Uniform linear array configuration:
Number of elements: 64
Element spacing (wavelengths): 0.25
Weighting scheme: uniform
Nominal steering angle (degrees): -45
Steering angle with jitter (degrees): -44.014
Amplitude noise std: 0.05
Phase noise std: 0.05

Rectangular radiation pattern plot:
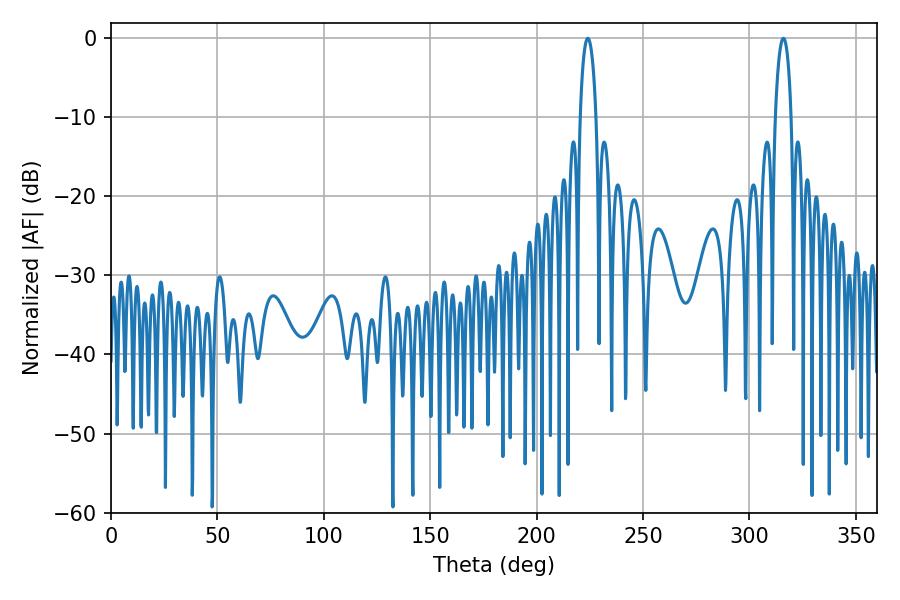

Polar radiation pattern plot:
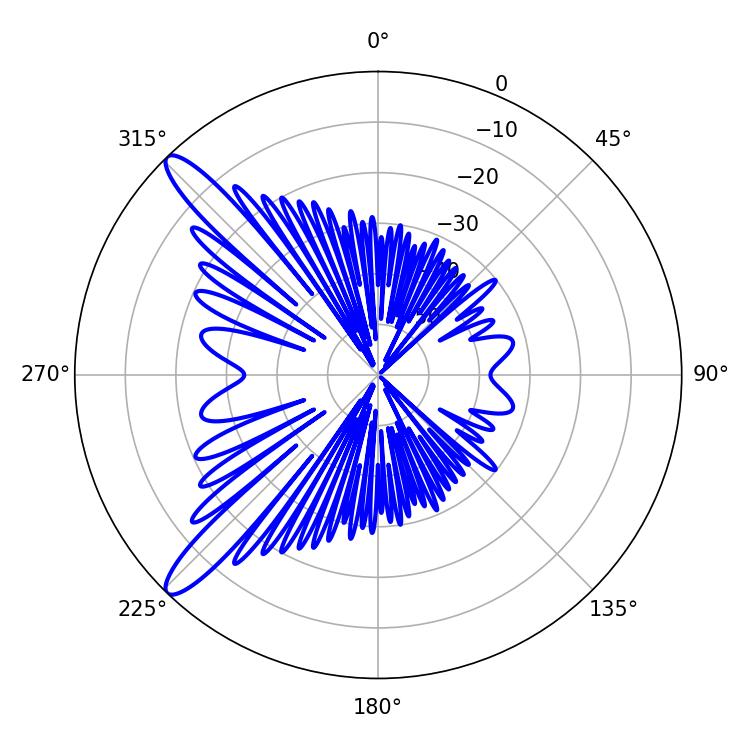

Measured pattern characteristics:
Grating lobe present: FALSE
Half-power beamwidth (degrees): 4.32
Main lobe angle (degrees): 224.1